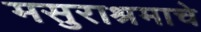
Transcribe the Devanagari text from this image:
मसुराश्रमाचे